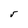
Character: r